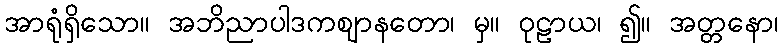
အာရုံရှိသော။ အဘိညာပါဒကဈာနတော၊ မှ။ ဝုဠာယ၊ ၍။ အတ္တနော၊